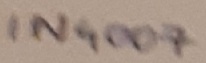
Text: IN4007